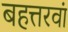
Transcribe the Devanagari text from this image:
बहत्तरवां